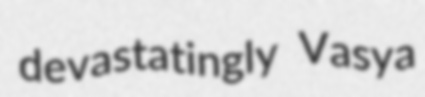
devastatingly Vasya